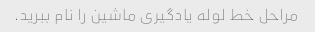
مراحل خط لوله یادگیری ماشین را نام ببرید.